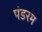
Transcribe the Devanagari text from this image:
पंडरम